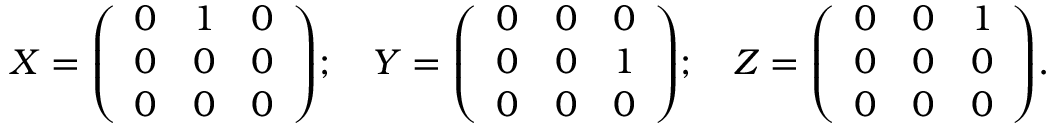
X = { \left( \begin{array} { l l l } { 0 } & { 1 } & { 0 } \\ { 0 } & { 0 } & { 0 } \\ { 0 } & { 0 } & { 0 } \end{array} \right) } ; \quad Y = { \left( \begin{array} { l l l } { 0 } & { 0 } & { 0 } \\ { 0 } & { 0 } & { 1 } \\ { 0 } & { 0 } & { 0 } \end{array} \right) } ; \quad Z = { \left( \begin{array} { l l l } { 0 } & { 0 } & { 1 } \\ { 0 } & { 0 } & { 0 } \\ { 0 } & { 0 } & { 0 } \end{array} \right) } .